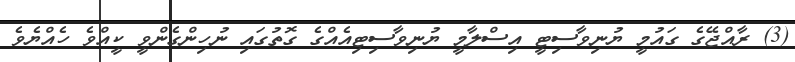
(3) ރާއްޖޭގެ ގައުމީ ޔުނިވާސިޓީ އިސްލާމީ ޔުނިވާސިޓިއެއްގެ ގޮތުގައި ނުހިންގެންވީ ކީއްވެ ހެއްޔެވެ